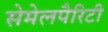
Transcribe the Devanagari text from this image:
सेमेलपैरिटी